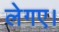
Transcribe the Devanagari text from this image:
लेगए।